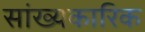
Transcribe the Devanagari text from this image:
सांख्यकारिक